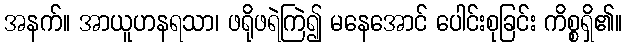
အနက်။ အာယူဟနရသာ၊ ဖရိုဖရဲကြဲ၍ မနေအောင် ပေါင်းစုခြင်း ကိစ္စရှိ၏။